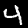
Label: 4